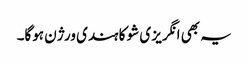
یہ بھی انگریز ی شو کا ہندی ورژن ہوگا۔